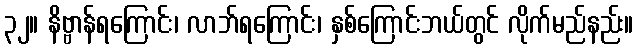
၃၂။ နိဗ္ဗာန်ရကြောင်း၊ လာဘ်ရကြောင်း၊ နှစ်ကြောင်းဘယ်တွင် လိုက်မည်နည်း။